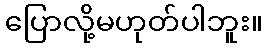
ပြောလို့မဟုတ်ပါဘူး။